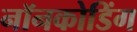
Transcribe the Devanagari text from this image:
नॉनकोडिंग